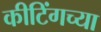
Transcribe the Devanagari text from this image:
कीटिंगच्या